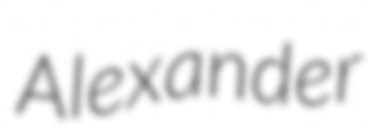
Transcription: Alexander